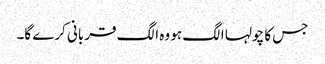
جس کا چولہا الگ ہو وہ الگ قربانی کرے گا۔